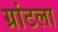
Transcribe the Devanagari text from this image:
ग्रांटला